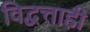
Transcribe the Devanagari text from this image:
विद्वत्ताही